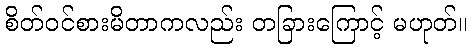
စိတ်ဝင်စားမိတာကလည်း တခြားကြောင့် မဟုတ်။